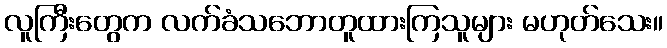
လူကြီးတွေက လက်ခံသဘောတူထားကြသူများ မဟုတ်သေး။